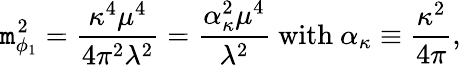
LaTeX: \mathtt{m}_{\phi_{1}}^{2}=\frac{{\kappa^{4}\mu^{4}}}{{4\pi^{2}\lambda^{2}}}=\frac{{\alpha_{\kappa}^{2}\mu^{4}}}{{\lambda^{2}}}~\mathrm{{with}}~\alpha_{\kappa}\equiv\frac{{\kappa^{2}}}{{4\pi}},